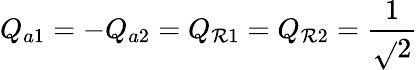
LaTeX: Q_{a1}=-Q_{a2}=Q_{\mathcal{R}1}=Q_{\mathcal{R}2}={\frac{{1}}{{\sqrt{}{{2}}}}}